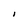
Character: I